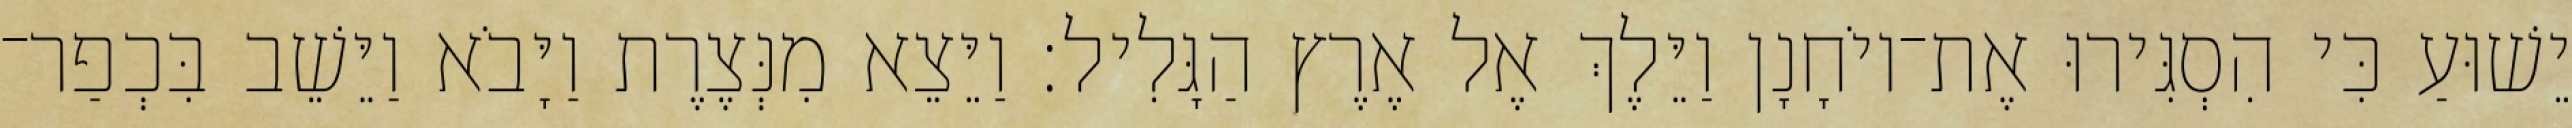
יֵשׁוּעַ כִּי הִסְגִּירוּ אֶת־יוֹחָנָן וַיֵּלֶךְ אֶל אֶרֶץ הַגָּלִיל׃ וַיֵּצֵא מִנְּצֶרֶת וַיָּבֹא וַיֵּשֵׁב בִּכְפַר־